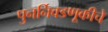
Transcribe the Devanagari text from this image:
पुनर्निवडणूकीचे